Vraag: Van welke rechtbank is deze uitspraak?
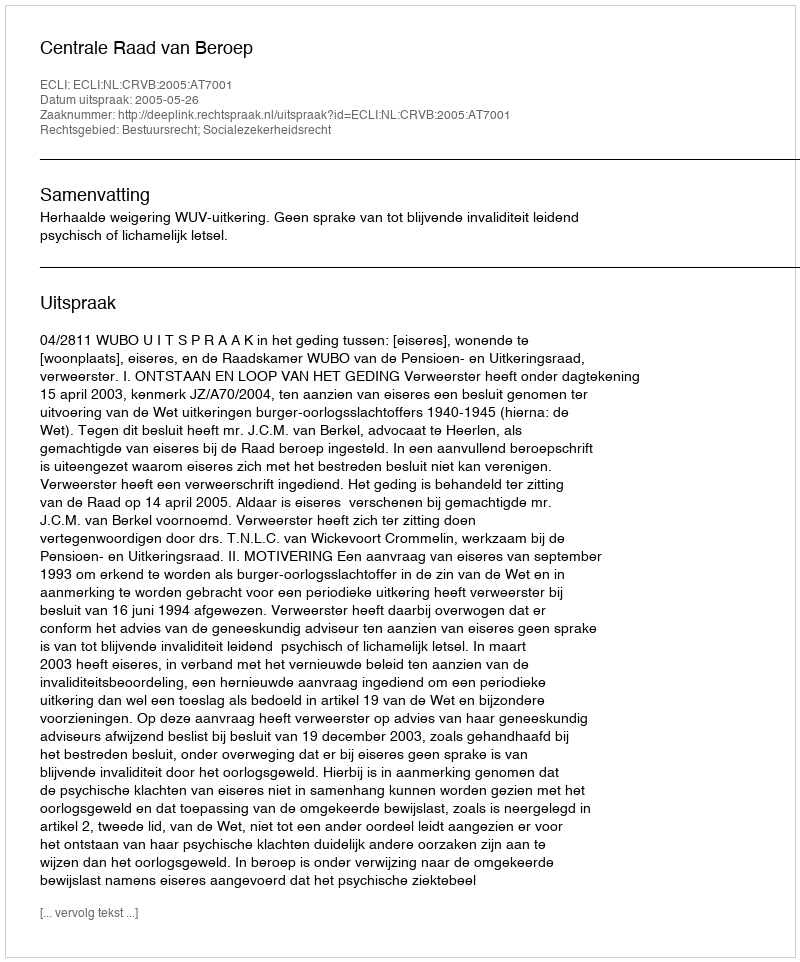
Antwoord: Centrale Raad van Beroep